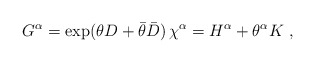
\begin{align*}G^\alpha=\exp(\theta D+\bar \theta \bar D)\,\chi^\alpha=H^\alpha+\theta^\alpha K\ ,\end{align*}